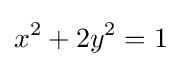
x^{2}+2y^{2}=1